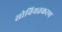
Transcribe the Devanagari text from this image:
सोवियतकरण